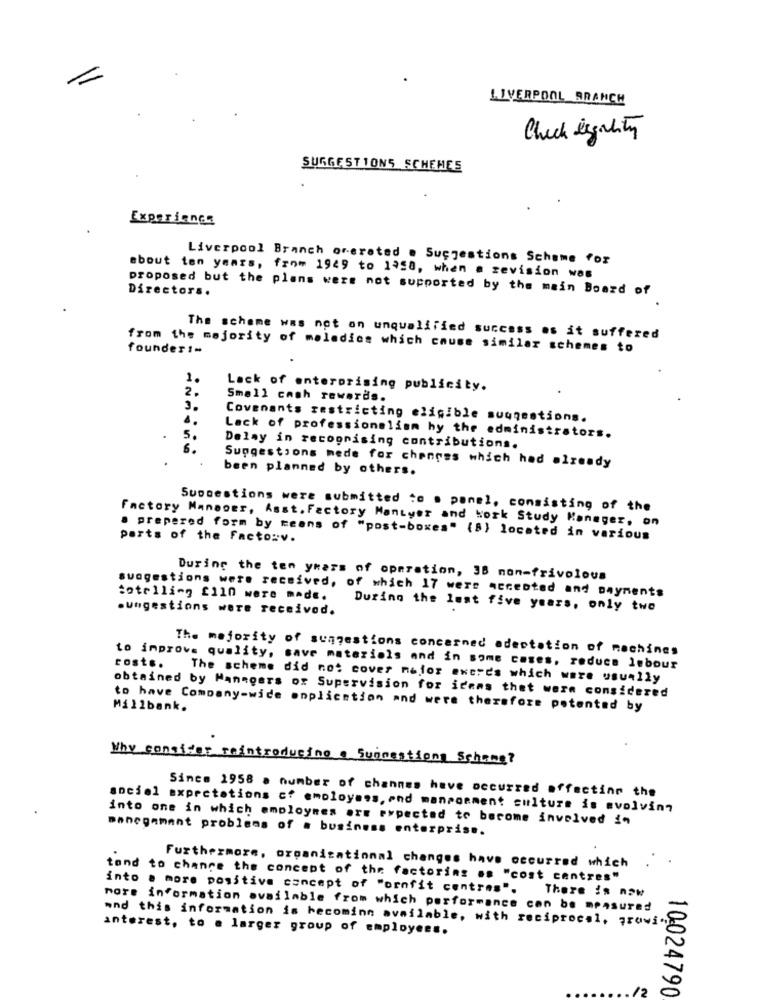
LIVERPOOL BRANCH
Check legality
SUGGESTIONS SCHEMES
Experience
Liverpool Branch orerated . Suggestions Scheme for
about ten years, from 1949 to 1958, when a revision was
Directors.
proposed but the plans were not supported by the main Board of
The scheme was not on unqualified success os it suffered
founder :-
from the majority of moledics which cause similar schemes to
1.
2
Lack of enterprising publicity.
Small cash rewards.
3.
4.
Covenants restricting eligible suggestions.
Lack of professionalism hy the administrators.
5.
6.
Delay in recognising contributions.
Suggestions mede for changes which had already
been planned by others.
Suogestions were submitted to . panel, consisting of the
Factory Manager, Asst. Factory ManLyer and work Study Manager, on
parts of the Facto:v.
a prepered form by means of "post-boxes" (8) located in various
During the ten years of operation, 38 non-frivolous
suagestions were received, of which 17 were accepted and payments
totelli-g £110 were made.
.ungestions were received.
During the lust five years, only two
The majority of sungestions concerned adectation of machines
cost ..
to improve quality, save materials and in some cases, reduce lebour
The scheme did not cover major ewords which were usually
obtained by Hannoers of Supervision for items that were considered
Millbank.
to have Company-wide application and were therefore potented by
Why consider reintroducing a Suinaations Schone?
Since 1958 a number of channas have occurred affection the
sociol expectations cf employees, and mancomment culture is evolving
into one in which employees are expected to barome involved in
manegement problems of a business enterprise.
Furthermore, organizational changes have occurred which
tand to change the concept of the factoring .s "cost centres"
into a more positive concept of "ornfit centres".
There is now
more information available from which performance con be measured
and this information is becoming available, with reciprocal, growing
anterest, to a larger group of employees.
15
10024790